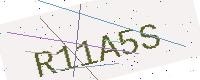
Text: R11A5S